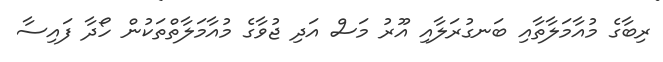
ރިބާގެ މުއާމަލާތާއި ބަނގުރަލާއި އޫރު މަސް އަދި ޖުވާގެ މުއާމަލާތްތަކުން ހޯދާ ފައިސާ